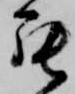
罷